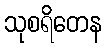
သုစရိတေန